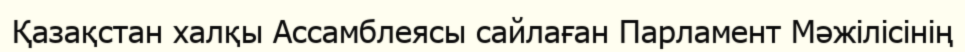
Қазақстан халқы Ассамблеясы сайлаған Парламент Мәжілісінің